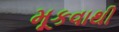
મૂકવાથી